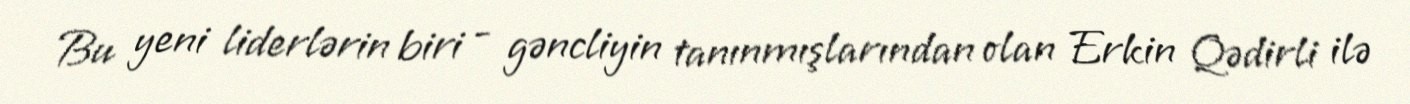
Bu yeni liderlərin biri - gəncliyin tanınmışlarından olan Erkin Qədirli ilə